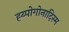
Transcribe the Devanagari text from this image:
ह्य्पोगोनादिस्म